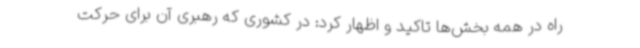
راه در همه بخش‌ها تاکید و اظهار کرد: در کشوری که رهبری آن برای حرکت